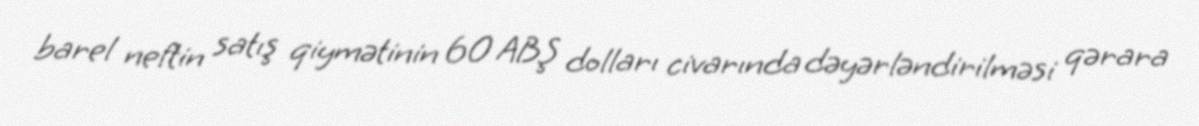
barel neftin satış qiymətinin 60 ABŞ dolları civarında dəyərləndirilməsi qərara